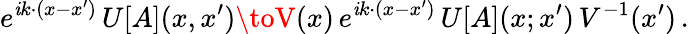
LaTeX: e^{\mathit{i}k\cdot(x-x^{\prime})}\, U[A](x,x^{\prime})\toV(x)\, e^{\mathit{i}k\cdot(x-x^{\prime})}\, U[A](x;x^{\prime})\, V^{-1}(x^{\prime})\, .